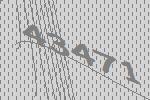
43471